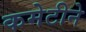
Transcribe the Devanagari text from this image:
कमेटीने